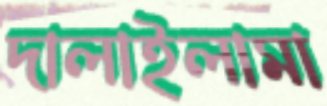
দালাইলামা